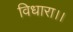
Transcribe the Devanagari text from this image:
विधारा।।